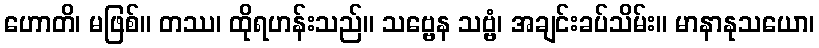
ဟောတိ၊ မဖြစ်။ တဿ၊ ထိုရဟန်းသည်။ သဗ္ဗေန သဗ္ဗံ၊ အချင်းခပ်သိမ်း။ မာနာနုသယော၊